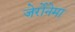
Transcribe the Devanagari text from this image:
जेर्रोनेमा